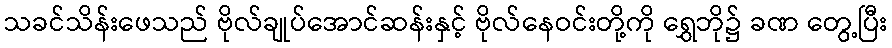
သခင်သိန်းဖေသည် ဗိုလ်ချုပ်အောင်ဆန်းနှင့် ဗိုလ်နေဝင်းတို့ကို ရွှေဘို၌ ခဏ တွေ့ပြီး